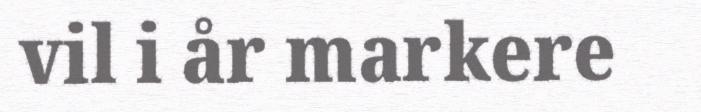
vil i år markere